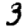
Digit: 3